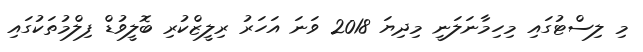
މި ލިސްޓުގައި މިހިމާނަލަނީ މިދިޔަ 2018 ވަނަ އަހަރު ރިލީޒްކުރި ބޮލީވުޑް ފިލްމުތަކުގައި